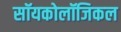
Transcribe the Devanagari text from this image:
सॉयकोलॉजिकल